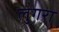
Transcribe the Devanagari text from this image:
लुगरा